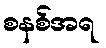
စနစ်အရ